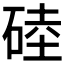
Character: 𥓪